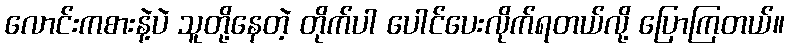
လောင်းကစားနဲ့ပဲ သူတို့နေတဲ့ တိုက်ပါ ပေါင်ပေးလိုက်ရတယ်လို့ ပြောကြတယ်။